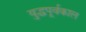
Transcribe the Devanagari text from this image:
युद्धपूर्वकाल